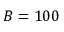
B = 1 0 0